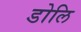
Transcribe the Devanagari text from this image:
डोलि